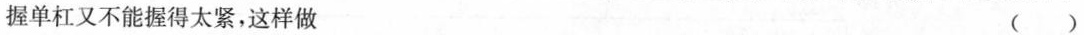
握单杠又不能握得太紧，这样做 ( )